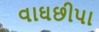
વાઘછીપા